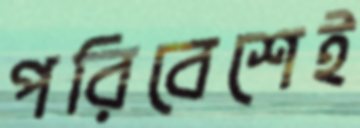
পরিবেশেই